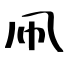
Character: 凧